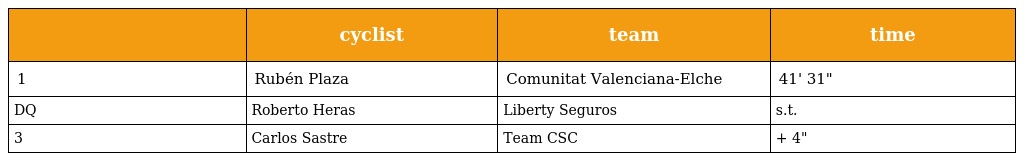
|  | cyclist | team | time |
 | --- | --- | --- | --- |
 | 1 | Rubén Plaza | Comunitat Valenciana-Elche | 41' 31" |
 | DQ | Roberto Heras | Liberty Seguros | s.t. |
 | 3 | Carlos Sastre | Team CSC | + 4" |